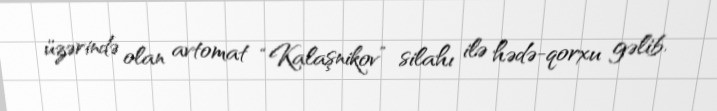
üzərində olan avtomat “Kalaşnikov” silahı ilə hədə-qorxu gəlib.